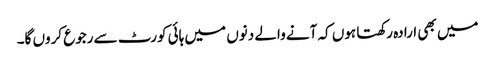
میں بھی ارادہ رکھتا ہوں کہ آنے والے دنوں میں ہائی کورٹ سے رجوع کروں گا۔